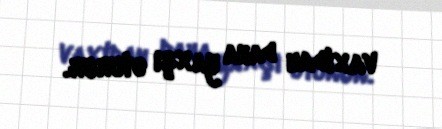
vaxtdan daha yaxşı oturur.